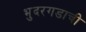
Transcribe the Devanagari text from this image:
भुदरगडाची